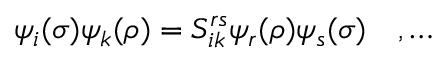
\psi _ { i } ( \sigma ) \psi _ { k } ( \rho ) = S _ { i k } ^ { r s } \psi _ { r } ( \rho ) \psi _ { s } ( \sigma ) \quad , \ldots \nonumber